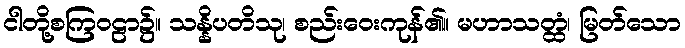
ငါတို့စကြဝဠာ၌။ သန္နိပတိသု၊ စည်းဝေးကုန်၏။ မဟာသတ္ထံ၊ မြတ်သော